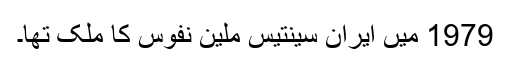
1979 میں ایران سینتیس ملین نفوس کا ملک تھا۔